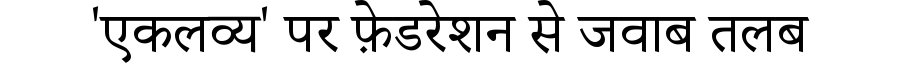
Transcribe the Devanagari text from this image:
'एकलव्य' पर फ़ेडरेशन से जवाब तलब